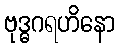
ဗုဒ္ဓဂရဟိနော